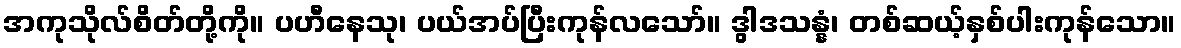
အကုသိုလ်စိတ်တို့ကို။ ပဟီနေသု၊ ပယ်အပ်ပြီးကုန်လသော်။ ဒွါဒသန္နံ၊ တစ်ဆယ့်နှစ်ပါးကုန်သော။